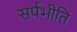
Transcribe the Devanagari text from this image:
सर्पभीति